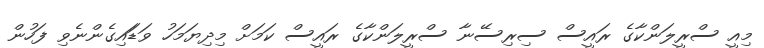
މިއީ ސްރީލަންކާގެ ރައީސް ސިރިސޭނާ ސްރީލަންކާގެ ރައީސް ކަމަށް މިދިޔަމަހު ވަޑަައިގެންނެވި ފަހުން